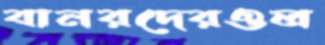
বানরদেরওল